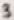
Text: 3